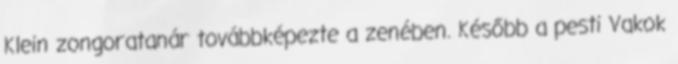
Klein zongoratanár továbbképezte a zenében. Később a pesti Vakok